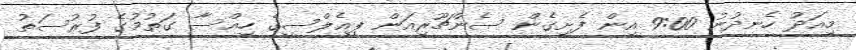
މިއަދު ހެނދުނު 9:00 އިން ފެށިގެން ސެންޗޫރިއަން ޕީއެލްސީގެ ހިއްސާ ގަތުމުގެ ފުރުސަތު